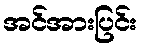
အင်အားပြင်း